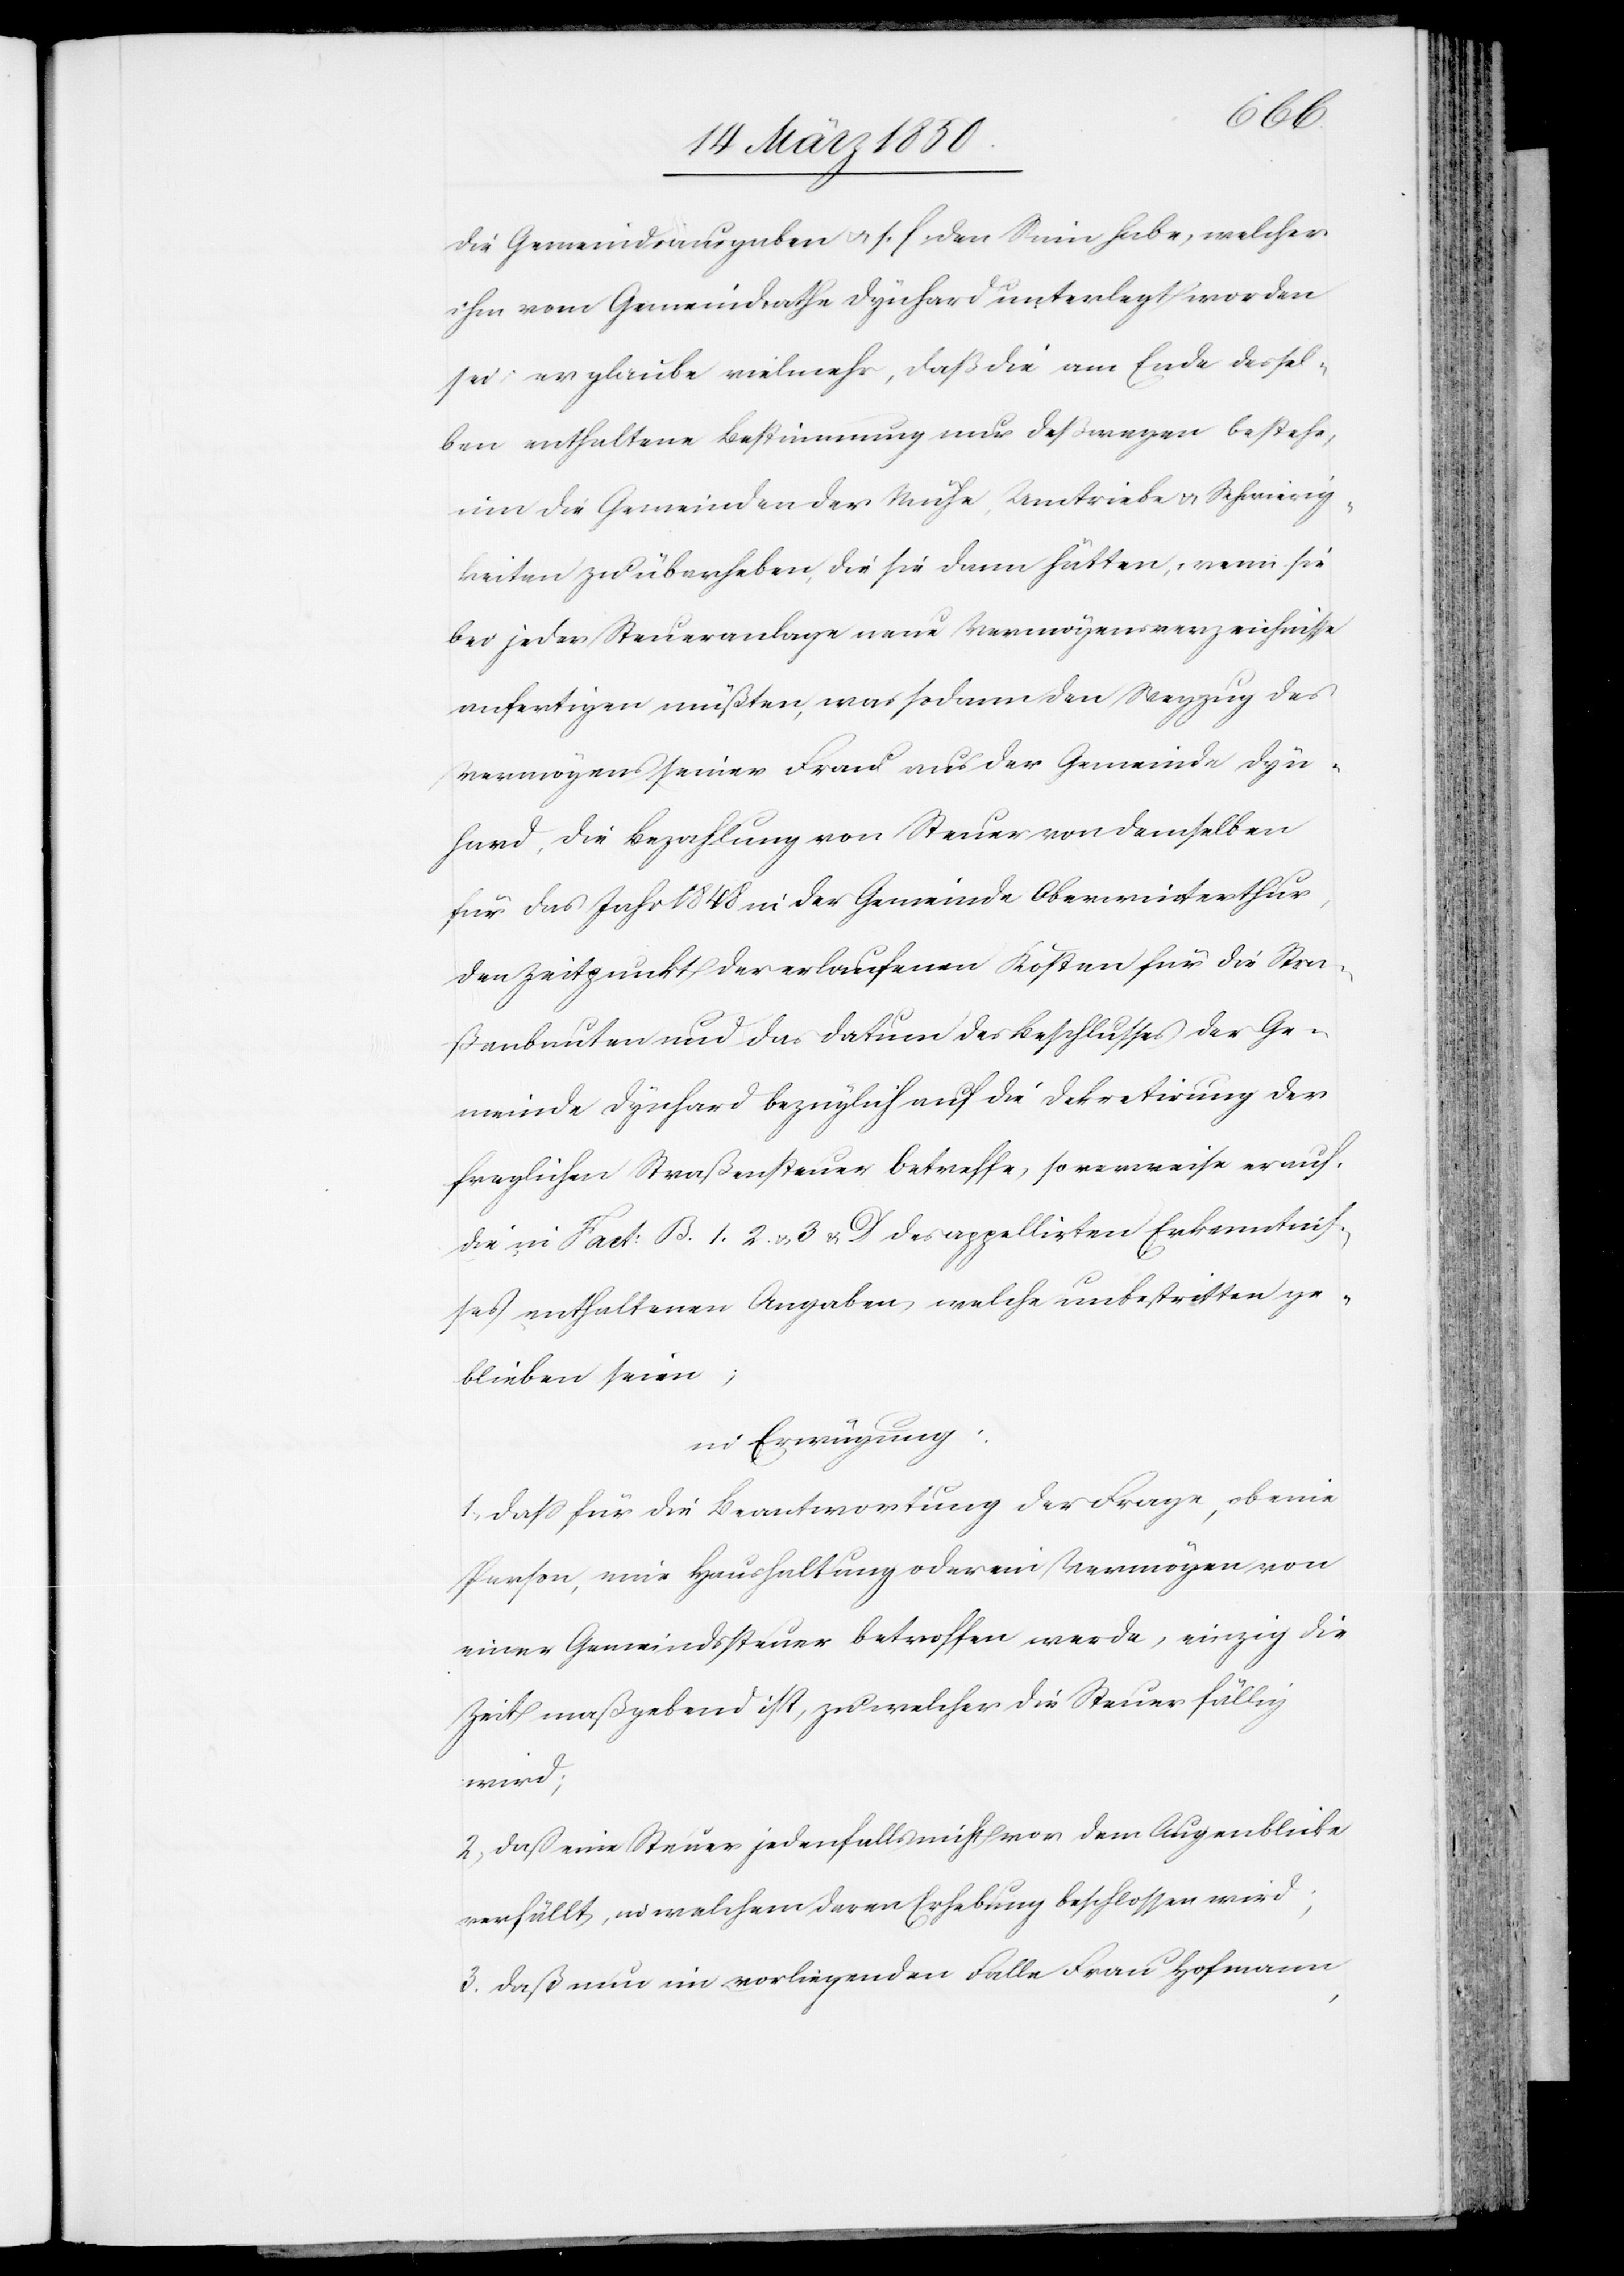
die Gemeindsausgaben u. s. f. den Sinn habe, welcher
ihm vom Gemeindrathe Dynhard unterlegt worden
sei; er glaube vielmehr, daß die am Ende dessel¬
ben enthaltene Bestimmung nur deswegen bestehe,
um die Gemeinden der Mühe, Umtriebe u. Schwierig¬
keiten zu überheben, die sie dann hätten, wenn sie
bei jeder Steueranlage neue Vermögensverzeichnisse
anfertigen müßten, was sodann den Wegzug des
Vermögens seiner Frau aus der Gemeinde Dyn¬
hard, die Bezahlung von Steuer von demselben
für das Jahr 1848 in der Gemeinde Oberwinterthur,
den Zeitpunkt der erlaufenen Kosten für die Stra¬
ßenbauten und das Datum des Beschlusses der Ge¬
meinde Dynhard bezüglich auf die Dekretirung der
fraglichen Straßensteuer betreffe, so verweise er auf
die in Fact: B. 1.[,] 2. u. 3 u. D des appellirten Erkenntniß¬
es enthaltenen Angaben, welche unbestritten ge¬
blieben seien;
in Erwägung:
1. Daß für die Beantwortung der Frage, ob eine
Person, eine Haushaltung oder ein Vermögen von
einer Gemeindssteuer betroffen werde, einzig die
Zeit maßgebend ist, zu welcher die Steuer fällig
wird;
2, Daß eine Steuer jedenfalls nicht vor dem Augenblicke
verfällt, in welchem deren Erhebung beschlossen wird;
3. Daß nun im vorliegenden Falle Frau Hofmann,